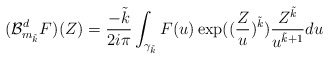
\begin{align*}(\mathcal{B}_{m_{\tilde{k}}}^{d}F)(Z) = \frac{-\tilde{k}}{2i\pi} \int_{\gamma_{\tilde{k}}} F(u) \exp( (\frac{Z}{u})^{\tilde{k}} ) \frac{Z^{\tilde{k}}}{u^{\tilde{k}+1}} du \end{align*}